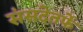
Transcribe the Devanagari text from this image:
संसदेतर्फे